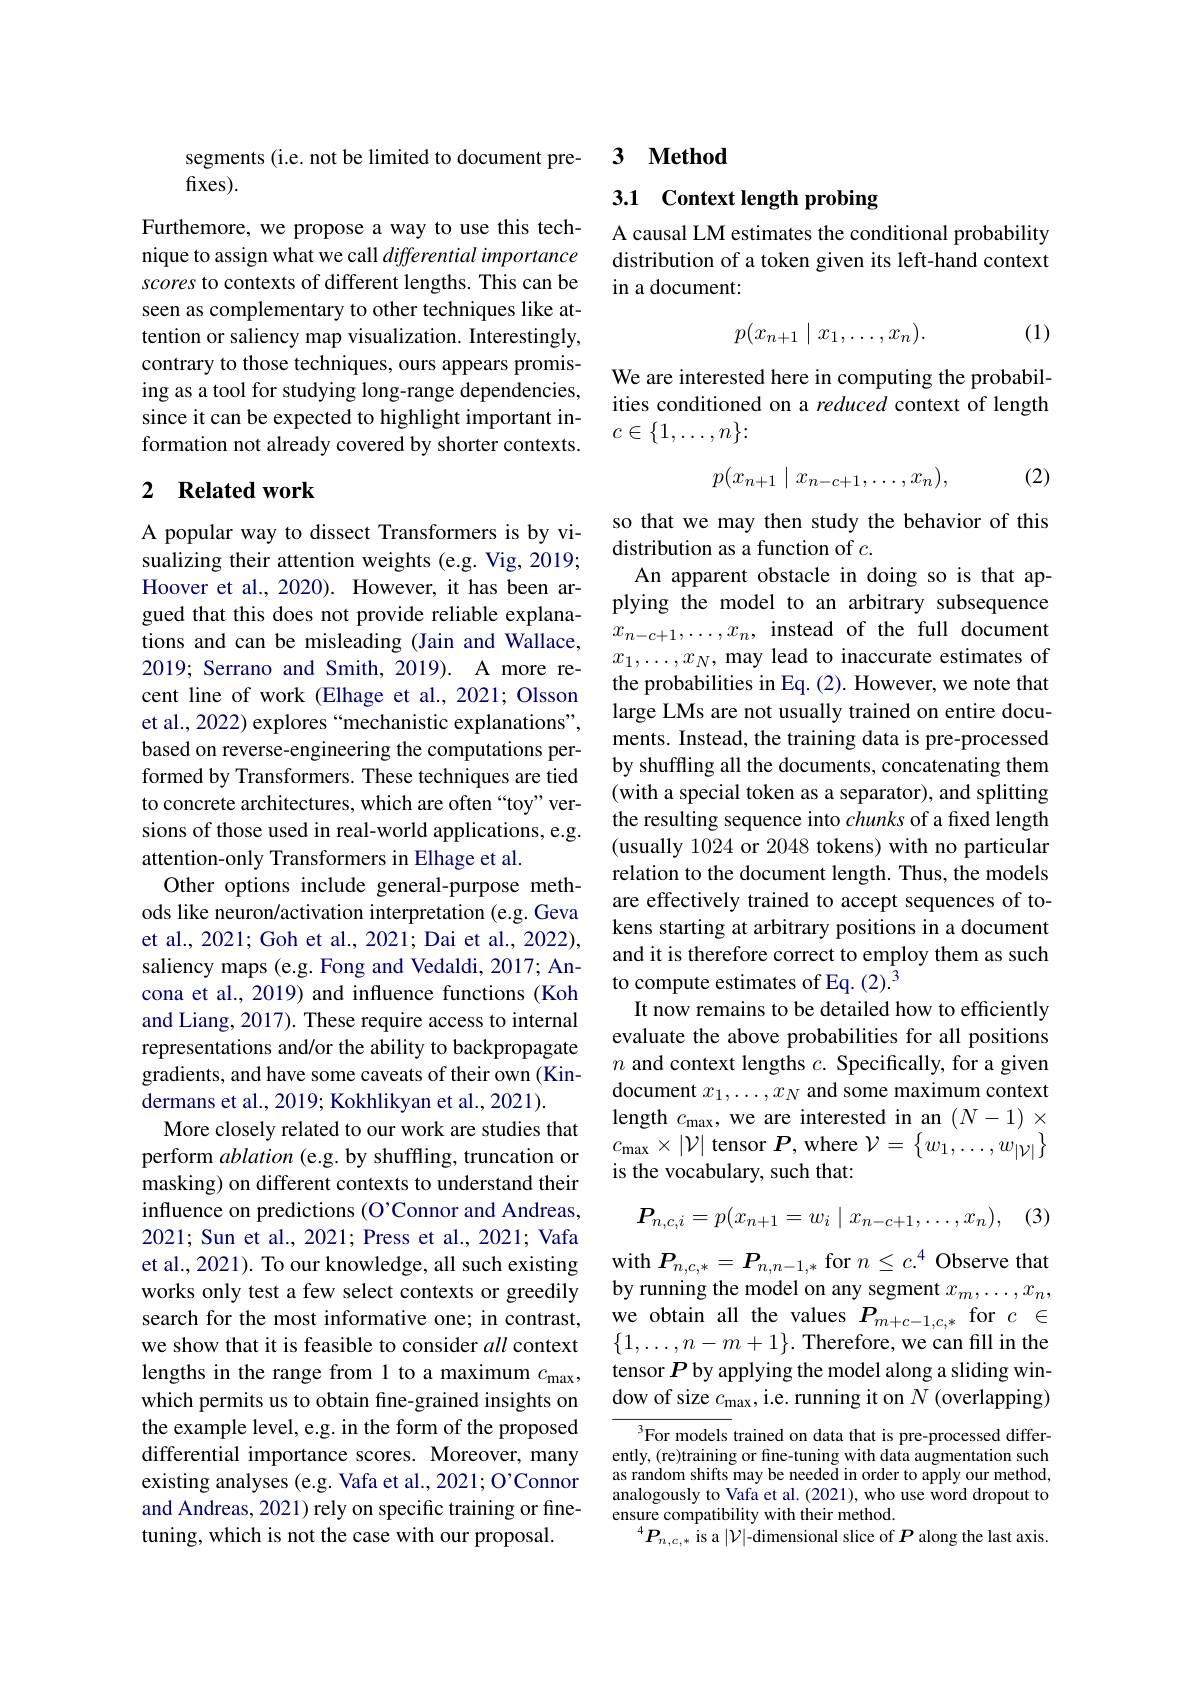
segments (i.e. not be limited to document pre-
## fixes).

Furthemore, we propose a way to use this technique to assign what we call differential importance scores to contexts of different lengths. This can be seen as complementary to other techniques like attention or saliency map visualization. Interestingly, contrary to those techniques, ours appears promising as a tool for studying long-range dependencies, since it can be expected to highlight important information not already covered by shorter contexts.

### 2 $\textbf{Related work}$

A popular way to dissect Transformers is by visualizing their attention weights (e.g. Vig, 2019; Hoover et al., 2020). However, it has been argued that this does not provide reliable explanations and can be misleading (Jain and Wallace, 2019; Serrano and Smith, 2019). A more recent line of work (Elhage et al., 2021; Olsson et al., 2022) explores “mechanistic explanations", based on reverse-engineering the computations performed by Transformers. These techniques are tied to concrete architectures, which are often“toy”versions of those used in real-world applications, e.g. attention-only Transformers in Elhage et al.
Other options include general-purpose methods like neuron/activation interpretation (e.g. Geva et al., 2021; Goh et al., 2021; Dai et al., 2022), saliency maps (e.g. Fong and Vedaldi, 2017; Ancona et al., 2019) and influence functions (Koh and Liang, 2017). These require access to internal representations and/or the ability to backpropagate gradients, and have some caveats of their own (Kindermans et al., 2019; Kokhlikyan et al., 2021).
More closely related to our work are studies that perform ablation (e.g. by shuffling, truncation or masking) on different contexts to understand their influence on predictions (O'Connor and Andreas, 2021; Sun et al., 2021; Press et al., 2021; Vafa et al., 2021). To our knowledge, all such existing works only test a few select contexts or greedily search for the most informative one; in contrast, we show that it is feasible to consider all context lengths in the range from 1 to a maximum $c_\mathrm{max}$, which permits us to obtain fine-grained insights on the example level, e.g. in the form of the proposed differential importance scores. Moreover, many existing analyses (e.g. Vafa et al., 2021; O'Connor and Andreas, 2021) rely on specific training or finetuning, which is not the case with our proposal.

### 3 $\textbf{Method}$

# 3.1 Context length probing

A causal LM estimates the conditional probability distribution of a token given its left-hand context in a document:

(1)
$$p(x_{n+1}\mid x_1,\ldots,x_n).$$
We are interested here in computing the probabilities conditioned on a reduced context of length $c\in\{1,\ldots,n\}\colon$
$$p(x_{n+1}\mid x_{n-c+1},\ldots,x_n),$$
(2)

so that we may then study the behavior of this
distribution as a function of $c.$
An apparent obstacle in doing so is that applying the model to an arbitrary subsequence $x_{n-c+1},\ldots,x_n$, instead of the full document $x_1,\ldots,x_N$, may lead to inaccurate estimates of the probabilities in Eq. (2). However, we note that large LMs are not usually trained on entire documents. Instead, the training data is pre-processed by shuffling all the documents, concatenating them (with a special token as a separator), and splitting the resulting sequence into chunks of a fixed length (usually 1024 or 2048 tokens) with no particular relation to the document length. Thus, the models are effectively trained to accept sequences of tokens starting at arbitrary positions in a document and it is therefore correct to employ them as such to compute estimates of Eq. (2).$^{\tilde{3}}$
It now remains to be detailed how to efficiently evaluate the above probabilities for all positions $n$ and context lengths $c.$ Specifically, for a given document $x_1,\ldots,x_N$ and some maximum context length $c_\mathrm{max}$, we are interested in an $(N-1)\times$ $c_{\mathrm{max}}\times\left|\mathcal{V}\right|$tensor$P$,where$\mathcal{V}=\left\{w_1,\ldots,w_{|\mathcal{V}|}\right\}$ is the vocabulary, such that:

(3)
$$P_{n,c,i}=p(x_{n+1}=w_i\mid x_{n-c+1},\ldots,x_n),$$
with $P_{n,c,*}=\boldsymbol{P}_{n,n-1,*}$ for $n\leq c.^4$ Observe that by running the model on any segment $x_m,\ldots,x_n$, we obtain all the values $P_{m+c-1,c,*}$ for $c\in$ $\{1,\ldots,n-m+1\}.$ Therefore, we can fill in the tensor $P$ by applying the model along a sliding window of size $c_\mathrm{max}$,i.e. running it on $N$ (overlapping)

${^{3}\text{For models }}$trained on data that is pre-processed differently, (re)training or fine-tuning with data augmentation such as random shifts may be needed in order to apply our method, analogously to Vafa et al. (2021), who use word dropout to ensure compatibility with their method.
$^{4}P_{n,c,*}$ is a $|\mathcal{V}|$-dimensional slice of $P$ along the last axis.